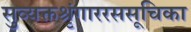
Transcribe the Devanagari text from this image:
सुव्यक्तश्रृंगाररससूचिका